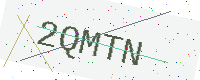
Text: 2QMTN